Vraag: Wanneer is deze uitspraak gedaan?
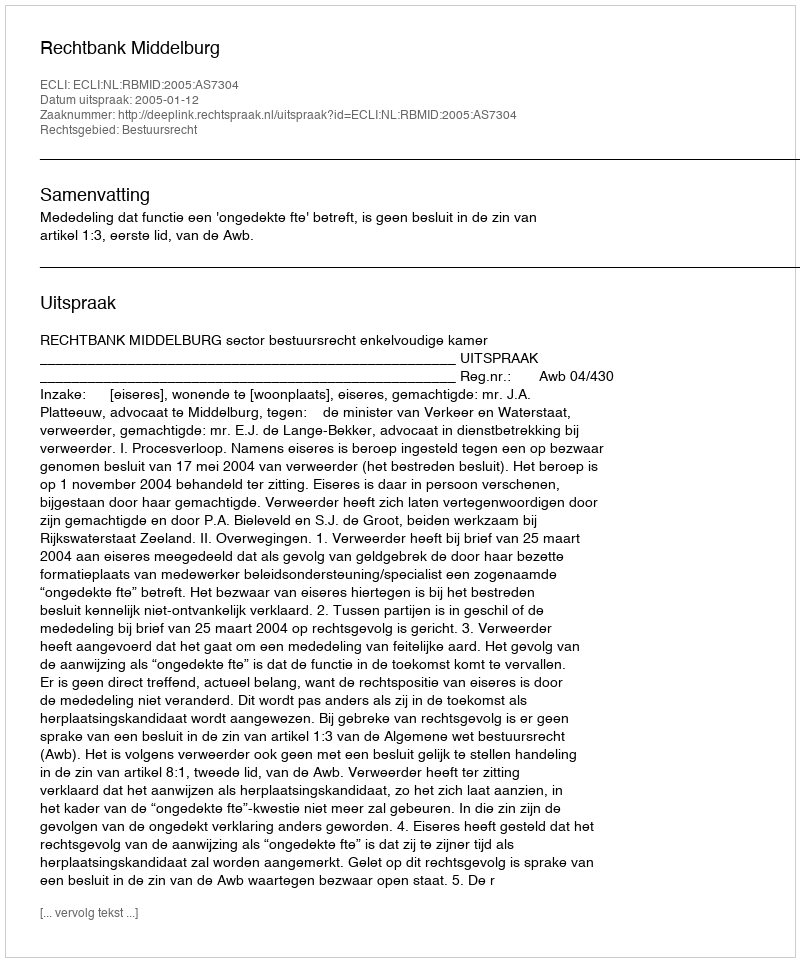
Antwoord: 2005-01-12